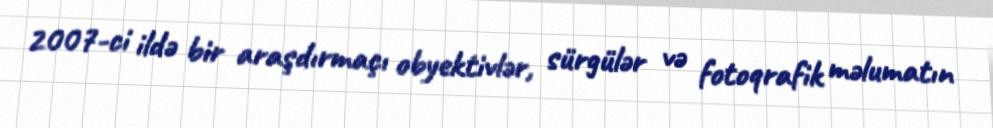
2007-ci ildə bir araşdırmaçı obyektivlər, sürgülər və fotoqrafik məlumatın